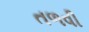
તળવી